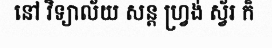
នៅ វិទ្យាល័យ សន្ត ហ្វ្រង់ ស្វ័រ ក៏